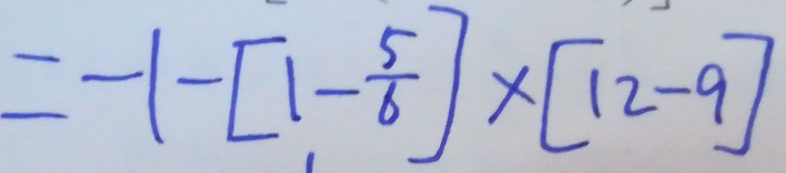
= - 1 - [ 1 - \frac { 5 } { 6 } ] \times [ 1 2 - 9 ]